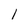
Character: l